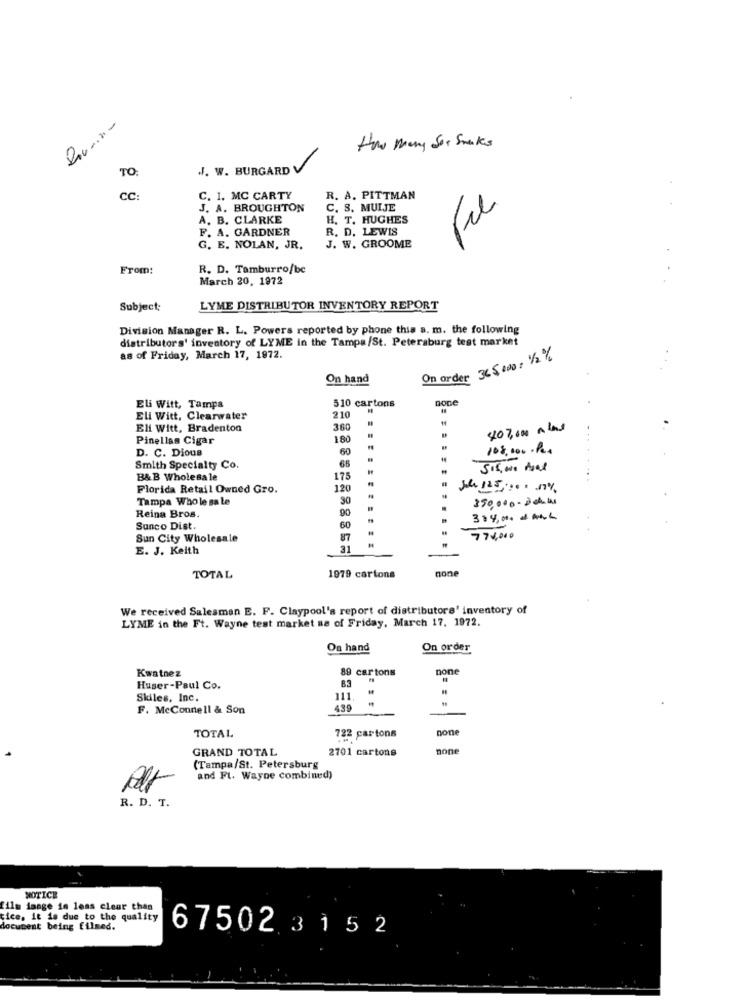
How many Sor Smaks
J. W. BURGARD V
TO:
CC
C. 1. MC CARTY
R. A. PITTMAN
J. A. BROUGHTON
C. S. MUIJE
A. B. CLARKE
H. T. HUGHES
F. A. GARDNER
R. D. LEWIS
G. E. NOLAN, JR.
J. W. GROOME
From:
R. D. Tamburro/bc
March 20, 1972
Subject:
LYME DISTRIBUTOR INVENTORY REPORT
Division Manager R. L. Powers reported by phone this a. m. the following
distributors' inventory of LYME in the Tampa/St. Petersburg test market
as of Friday, March 17, 1972.
On order 365.000: 1/2%
On hand
Done
Eli Witt, Tampa
510 cartons
Eli Witt, Clearwater
210
14
Eli Witt, Bradenton
360
407,000 A las
..
Pinellas Cigar
180
D. C. Dious
60
108.000 . Pc.
Smith Specialty Co.
66
5.5, 00 Asal
B&B Wholesale
175
Florida Retail Owned Gro.
120
Je 125 .... 1%
Tampa Whole sale
350,000 - 3dw
90
Reina Bros.
304,00 1 0.
Sunco Dist.
60
Sun City Wholesale
87
778,000
E. J. Keith
31
none
TOTAL
1979 cartons
We received Salesman E. F. Claypool's report of distributors' inventory of
LYME in the Ft. Wayne test market na of Friday, March 17. 1972.
On hand
On order
Kwatnez
89 cartons
none
Huser-Paul Co.
Skiles, Inc.
111
F. McConnell & Son
439
none
TOTAL
722 cartons
GRAND TOTAL
2701 cartons
none
(Tampa/St. Petersburg
and Ft. Wayne combined)
R. D. T.
NOTICE
film dange in less clear than
tice, it is due to the quality
document being filmed.
675023 1 5 2